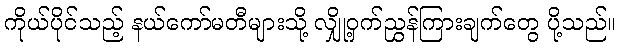
ကိုယ်ပိုင်သည့် နယ်ကော်မတီများသို့ လျှို့ဝှက်ညွှန်ကြားချက်တွေ ပို့သည်။